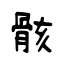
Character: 骸